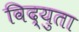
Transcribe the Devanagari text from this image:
विद्युता